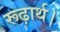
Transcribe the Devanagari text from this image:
रूढ़ार्थ।